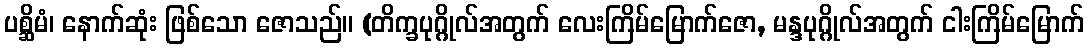
ပစ္ဆိမံ၊ နောက်ဆုံး ဖြစ်သော ဇောသည်။ (တိက္ခပုဂ္ဂိုလ်အတွက် လေးကြိမ်မြောက်ဇော, မန္ဒပုဂ္ဂိုလ်အတွက် ငါးကြိမ်မြောက်